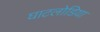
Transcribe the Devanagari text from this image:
घाटलोडिया